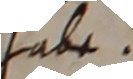
hate.